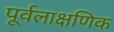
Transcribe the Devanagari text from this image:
पूर्वलाक्षणिक